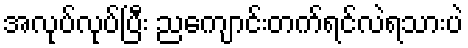
အလုပ်လုပ်ပြီး ညကျောင်းတက်ရင်လဲရသားပဲ